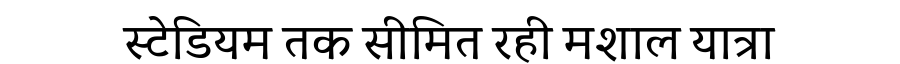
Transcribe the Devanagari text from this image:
स्टेडियम तक सीमित रही मशाल यात्रा